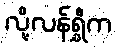
လို့လန်ရွှီက